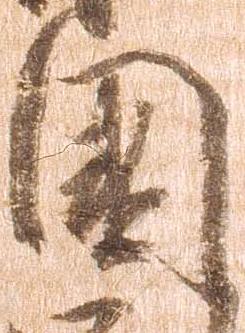
国